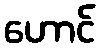
ဟောင်